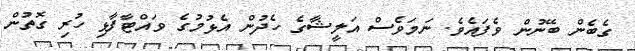
ގެބެން ބޭނުން ވެފައެވެ. ނަމަވެސް އަލީޝާގެ ހެދުން އެޅުމުގެ ވައްޓާފާޅި ހުރި ގޮތުން